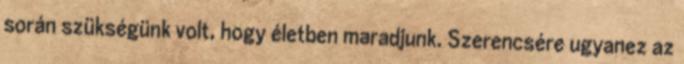
során szükségünk volt, hogy életben maradjunk. Szerencsére ugyanez az